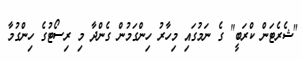
"ޝެރެޓަން ކްރަބީ" ގެ ނަމުގައި މިހާރު ހިންގަމުން ގެންދާ މި ރިސޯޓުގެ ހިންގުމާ